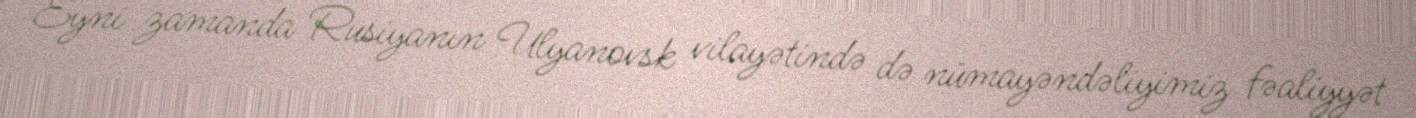
Eyni zamanda Rusiyanın Ulyanovsk vilayətində də nümayəndəliyimiz fəaliyyət